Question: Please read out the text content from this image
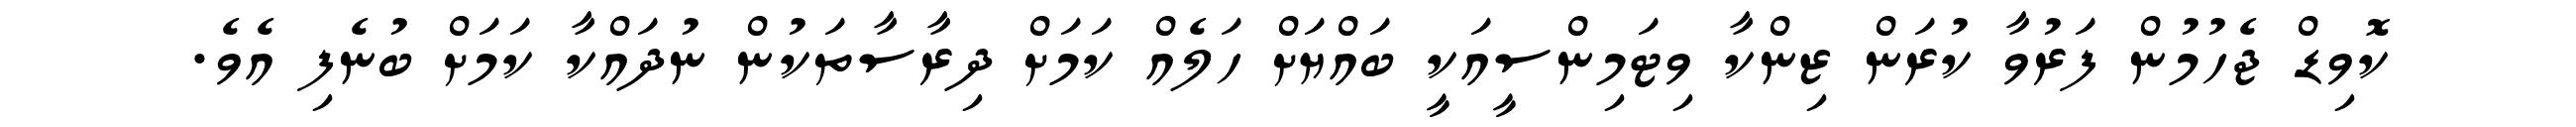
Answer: ކޮވިޑް ޖެހުމުން ފަރުވާ ކުރަން ޒިންކާ ވިޓަމިންސީއަކީ ބައްޔަށް ހަލެއް ކަމަށް ދިރާސާތަކުން ނުދައްކާ ކަމަށް ބުނެފި އެވެ.